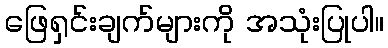
ဖြေရှင်းချက်များကို အသုံးပြုပါ။